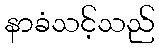
နာခံသင့်သည်